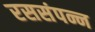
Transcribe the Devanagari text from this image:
रससंपन्न